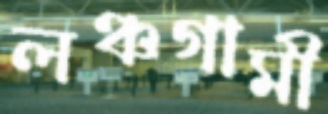
লঞ্চগামী